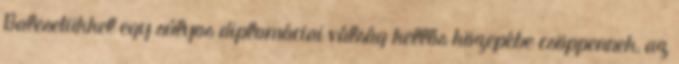
Balesetükkel egy súlyos diplomáciai válság kellős közepébe csöppennek, az